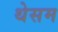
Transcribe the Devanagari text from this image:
थेसम